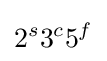
2^{s}3^{c}5^{f}